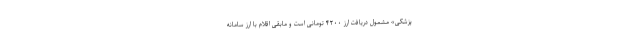
پزشکی» مشمول دریافت ارز ۴۲۰۰ تومانی است و مابقی اقلام با ارز سامانه